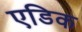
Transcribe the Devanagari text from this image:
एडिक